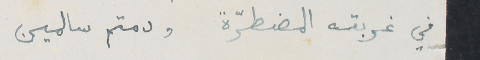
في غربته المضطرّة ودمتم سالمين